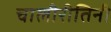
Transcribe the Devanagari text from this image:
चालीरीतिनी